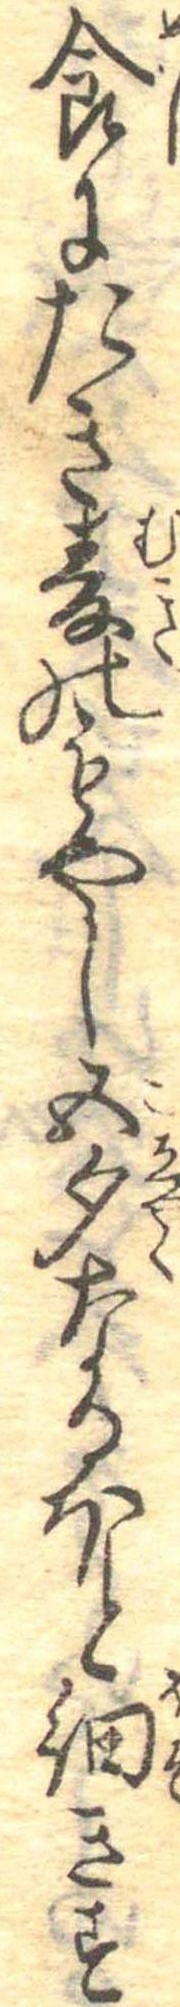
食にたき麦のもやし五勺なるほと細きす